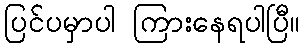
ပြင်ပမှာပါ ကြားနေရပါပြီ။